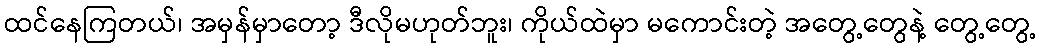
ထင်နေကြတယ်၊ အမှန်မှာတော့ ဒီလိုမဟုတ်ဘူး၊ ကိုယ်ထဲမှာ မကောင်းတဲ့ အတွေ့တွေနဲ့ တွေ့တွေ့